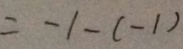
= - 1 - ( - 1 )